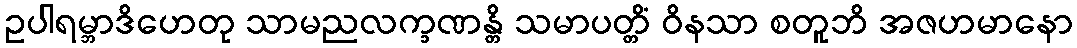
ဥပါရမ္ဘာဒိဟေတု သာမညလက္ခဏန္တိ သမာပတ္တိံ ဝိနသာ စတူဘိ အဇဟမာနော